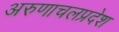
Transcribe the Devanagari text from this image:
अरुणाचलप्रदेश